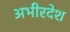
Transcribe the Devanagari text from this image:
अभीरदेश